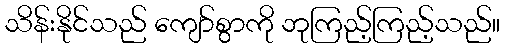
သိန်းနိုင်သည် ကျော်စွာကို ဘုကြည့်ကြည့်သည်။